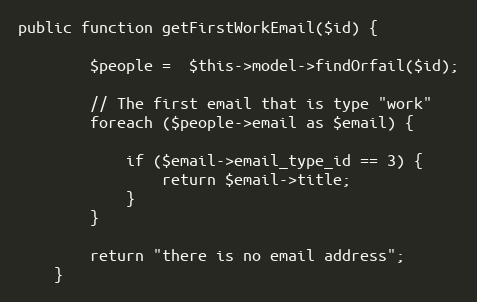
Language: PHP
public function getFirstWorkEmail($id) {

        $people =  $this->model->findOrfail($id);

        // The first email that is type "work"
        foreach ($people->email as $email) {

            if ($email->email_type_id == 3) {
                return $email->title;
            }
        }

        return "there is no email address";
    }